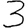
Digit: 3